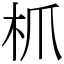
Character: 枛